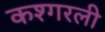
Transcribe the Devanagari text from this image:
कश्गरली